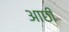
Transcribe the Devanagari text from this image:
आछी